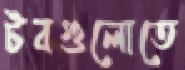
টবগুলোতে